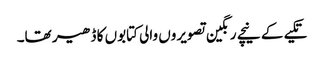
تکیے کے نیچے رنگین تصویروں والی کتابوں کا ڈھیر تھا۔